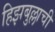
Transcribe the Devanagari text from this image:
हिझबुल्लाची